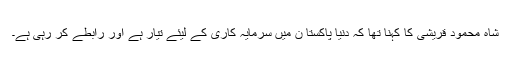
شاہ محمود قریشی کا کہنا تھا کہ دنیا پاکستا ن میں سرمایہ کاری کے لیئے تیار ہے اور رابطے کر رہی ہے۔